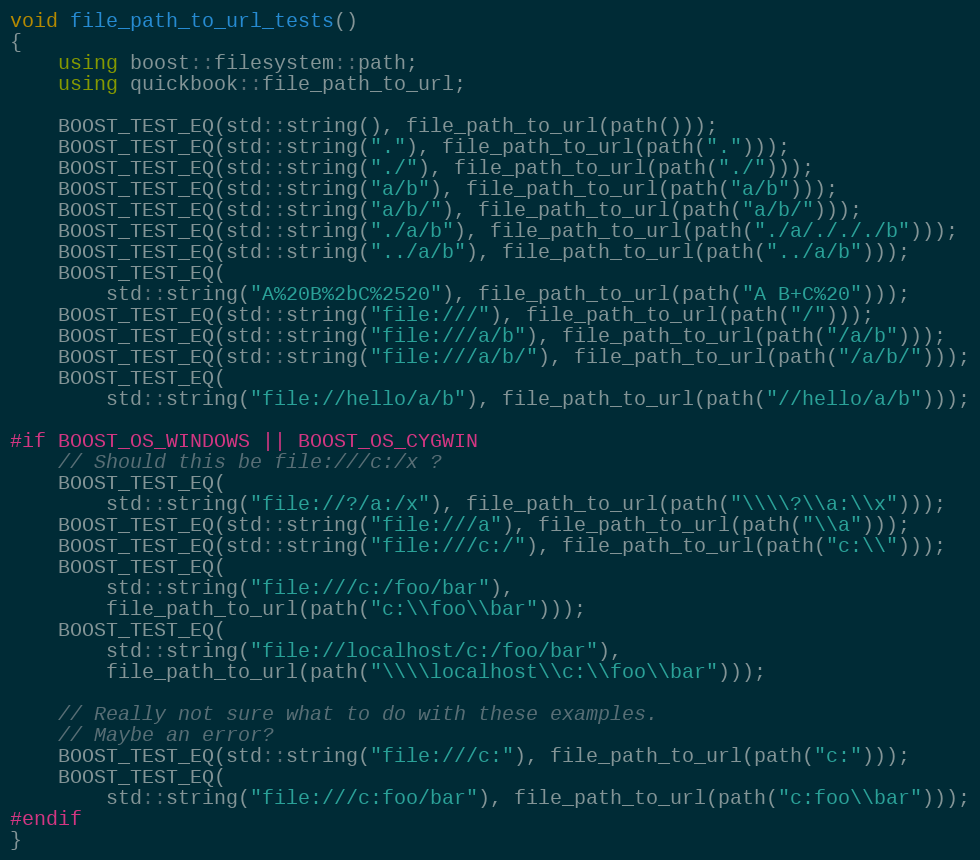
Language: C++
void file_path_to_url_tests()
{
    using boost::filesystem::path;
    using quickbook::file_path_to_url;

    BOOST_TEST_EQ(std::string(), file_path_to_url(path()));
    BOOST_TEST_EQ(std::string("."), file_path_to_url(path(".")));
    BOOST_TEST_EQ(std::string("./"), file_path_to_url(path("./")));
    BOOST_TEST_EQ(std::string("a/b"), file_path_to_url(path("a/b")));
    BOOST_TEST_EQ(std::string("a/b/"), file_path_to_url(path("a/b/")));
    BOOST_TEST_EQ(std::string("./a/b"), file_path_to_url(path("./a/./././b")));
    BOOST_TEST_EQ(std::string("../a/b"), file_path_to_url(path("../a/b")));
    BOOST_TEST_EQ(
        std::string("A%20B%2bC%2520"), file_path_to_url(path("A B+C%20")));
    BOOST_TEST_EQ(std::string("file:///"), file_path_to_url(path("/")));
    BOOST_TEST_EQ(std::string("file:///a/b"), file_path_to_url(path("/a/b")));
    BOOST_TEST_EQ(std::string("file:///a/b/"), file_path_to_url(path("/a/b/")));
    BOOST_TEST_EQ(
        std::string("file://hello/a/b"), file_path_to_url(path("//hello/a/b")));

#if BOOST_OS_WINDOWS || BOOST_OS_CYGWIN
    // Should this be file:///c:/x ?
    BOOST_TEST_EQ(
        std::string("file://?/a:/x"), file_path_to_url(path("\\\\?\\a:\\x")));
    BOOST_TEST_EQ(std::string("file:///a"), file_path_to_url(path("\\a")));
    BOOST_TEST_EQ(std::string("file:///c:/"), file_path_to_url(path("c:\\")));
    BOOST_TEST_EQ(
        std::string("file:///c:/foo/bar"),
        file_path_to_url(path("c:\\foo\\bar")));
    BOOST_TEST_EQ(
        std::string("file://localhost/c:/foo/bar"),
        file_path_to_url(path("\\\\localhost\\c:\\foo\\bar")));

    // Really not sure what to do with these examples.
    // Maybe an error?
    BOOST_TEST_EQ(std::string("file:///c:"), file_path_to_url(path("c:")));
    BOOST_TEST_EQ(
        std::string("file:///c:foo/bar"), file_path_to_url(path("c:foo\\bar")));
#endif
}